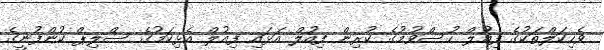
ވެހިކަލްތަކުގެ ފިއުލް ހުސްވުމުގެ ކުރިން ފިއުލް އަޅައި ފިއުލް އެޅިކަމުގެ ސްލިޕް ކުންފުނީގެ